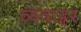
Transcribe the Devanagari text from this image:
व्यवाह्रर